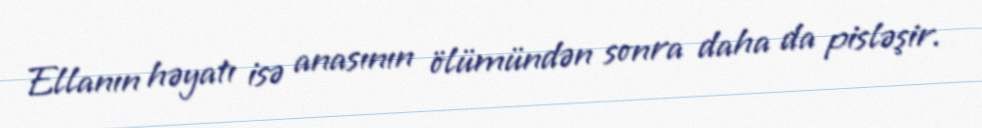
Ellanın həyatı isə anasının ölümündən sonra daha da pisləşir.